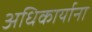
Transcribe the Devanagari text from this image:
अधिकार्याना